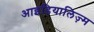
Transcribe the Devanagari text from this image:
आइडियालिज़्म